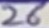
Text: 26